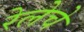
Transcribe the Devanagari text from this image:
रेलेचे